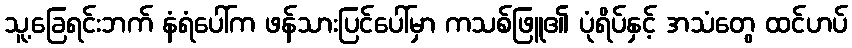
သူ့ခြေရင်းဘက် နံရံပေါ်က ဖန်သားပြင်ပေါ်မှာ ကသစ်ဖြူ၏ ပုံရိပ်နှင့် အသံတွေ ထင်ဟပ်